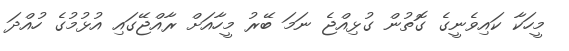
މީހަކާ ކައިވެނީގެ ގޮތުން ގުޅިއްޖެ ނަމަ ބޭރު މީހާއަށް ރާއްޖޭގައި އުޅުމުގެ ހުއްދަ